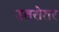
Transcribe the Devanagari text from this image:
उतरोतर